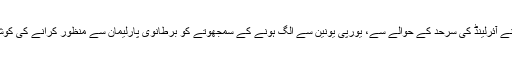
تھریسا مے نے آئرلینڈ کی سرحد کے حوالے سے، یورپی یونین سے الگ ہونے کے سمجھوتے کو برطانوی پارلیمان سے منظور کرانے کی کوشش کی تھی۔